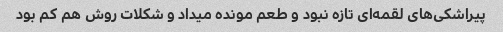
پیراشکی‌های لقمه‌ای تازه نبود و طعم مونده میداد و شکلات روش هم کم بود